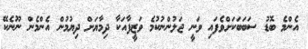
އެންމެ ބޮޑު ސަބަބަކަށްވެފައި ވަނީ ޖަލުންނުކުމެ ވަޒީފާއަކާ ދިމާޔަށް ދިޔުމުން އެންމެން ނޫނެކޭ